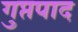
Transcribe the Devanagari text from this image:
गुप्तपाद